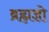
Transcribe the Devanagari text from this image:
ब्रह्मज्ञो